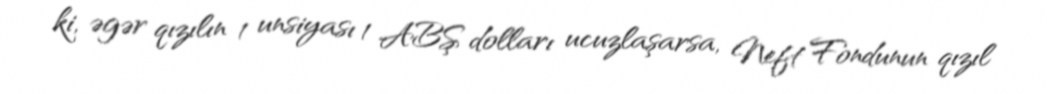
ki, əgər qızılın 1 unsiyası 1 ABŞ dolları ucuzlaşarsa, Neft Fondunun qızıl